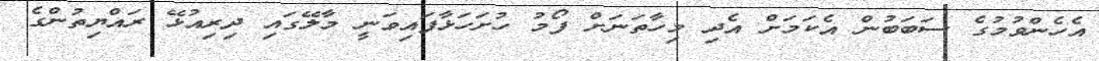
އެހެންވުމުގެ ސަބަބުން އެކަމަށް އެދި މިހާތަނަށް ފޯމު ހުށަހަަޅާފައިވަނީ މާލޭގައި ދިރިއުޅޭ ރައްޔިތުންގެ